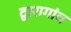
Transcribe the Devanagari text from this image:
द्वारागांव